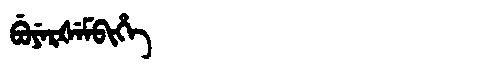
Manchu: ᠪᡠᠶᡝᡵᡧᡝᠮᠪᡳᡥᡝ
Romanization: BUYERŠEMBIHE